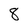
Character: 8